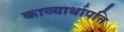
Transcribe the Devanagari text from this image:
काव्यार्थापत्ति